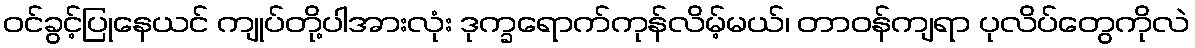
ဝင်ခွင့်ပြုနေယင် ကျုပ်တို့ပါအားလုံး ဒုက္ခရောက်ကုန်လိမ့်မယ်၊ တာဝန်ကျရာ ပုလိပ်တွေကိုလဲ